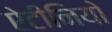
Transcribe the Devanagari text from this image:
ऐटीनियो